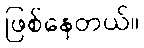
ဖြစ်နေတယ်။